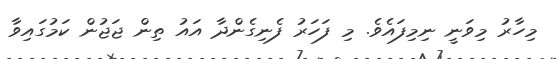
މިހާރު މިވަނީ ނިމިފައެވެ. މި ފަހަރު ފެނިގެންދާ އައު ތިން ޖަޖުން ކަމުގައިވާ